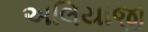
અલિયાજી